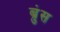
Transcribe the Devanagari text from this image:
ब्रुंस